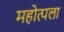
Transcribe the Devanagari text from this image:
महोत्पला